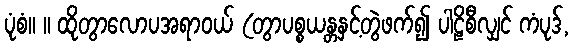
ပုံစံ။ ။ ထိုတွာလောပအရာဝယ် (တွာပစ္စယန္တနှင့်တွဲဖက်၍ ပါဠိစီလျှင် ကံပုဒ်,